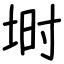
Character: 埘